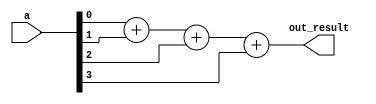
module adder_4_bit (
	
	input [3:0] a,  
	output wire [2:0] out_result
	); 
	 
	assign out_result = a[0] + a[1] + a[2] + a[3];

endmodule